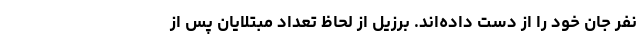
نفر جان خود را از دست داده‌اند. برزیل از لحاظ تعداد مبتلایان پس از